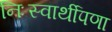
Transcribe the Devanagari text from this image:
निःस्वार्थीपणा